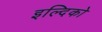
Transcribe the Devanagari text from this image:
इल्दिको